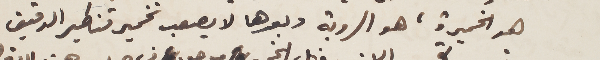
هو الخميرة، هو الروبة وبعدها لا يصعب تخمير قناطير الدقيق